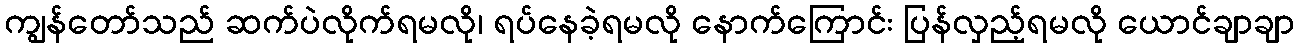
ကျွန်တော်သည် ဆက်ပဲလိုက်ရမလို၊ ရပ်နေခဲ့ရမလို နောက်ကြောင်း ပြန်လှည့်ရမလို ယောင်ချာချာ